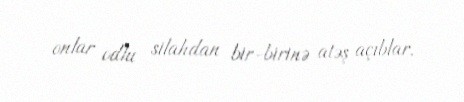
onlar odlu silahdan bir-birinə atəş açıblar.